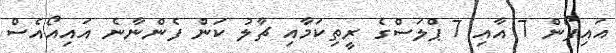
އައިފޯން 7 އާއި 7 ޕްލަސްގެ ރީތިކަމާއި ޗާލު ކަން ފެންނާނެ އައިއޯއެސް